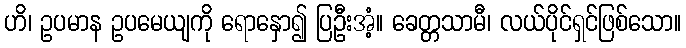
ဟိ၊ ဥပမာန ဥပမေယျကို ရောနှော၍ ပြဦးအံ့။ ခေတ္တသာမီ၊ လယ်ပိုင်ရှင်ဖြစ်သော။